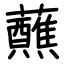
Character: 蘸